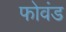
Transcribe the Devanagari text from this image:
फोवंड